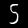
Digit: 5